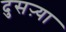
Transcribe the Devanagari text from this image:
दुसऱ्या